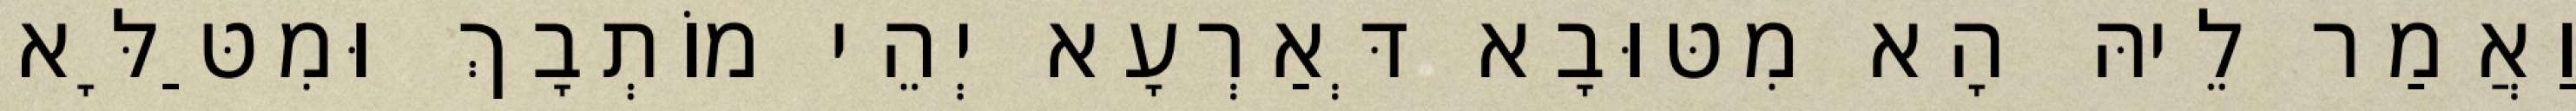
וַאֲמַר לֵיהּ הָא מִטּוּבָא דְּאַרְעָא יְהֵי מוֹתְבָךְ וּמִטַּלָּא